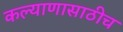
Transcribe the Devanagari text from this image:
कल्याणासाठीच